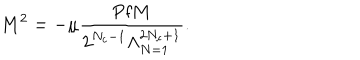
M ^ { 2 } = - \mu \frac { \mathrm { P f } M } { 2 ^ { N _ { c } - 1 } \Lambda _ { N = 1 } ^ { 2 N _ { c } + 1 } } .